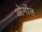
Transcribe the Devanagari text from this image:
ओगोंल